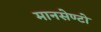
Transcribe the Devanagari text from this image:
मानसेण्टो